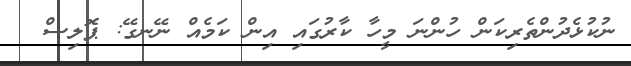
ނުކުޅެދުންތެރިކަން ހުންނަ މީހާ ކާރުގައި އިން ކަމެއް ނޭނގޭ: ޕޮލިސް